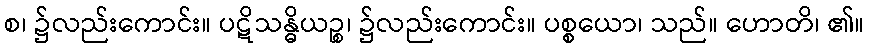
စ၊ ၌လည်းကောင်း။ ပဋိသန္ဓိယဉ္စ၊ ၌လည်းကောင်း။ ပစ္စယော၊ သည်။ ဟောတိ၊ ၏။